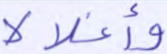
وأغلالا